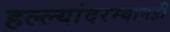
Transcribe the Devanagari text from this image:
हल्ल्यांदरम्यानही